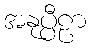
အနုပ္ပီဠာ